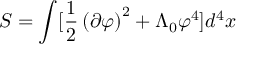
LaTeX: S = \int [ \frac { 1 } { 2 } \left( \partial \varphi \right) ^ { 2 } + \Lambda _ { 0 } \varphi ^ { 4 } ] d ^ { 4 } x